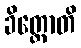
ခိတ္တောတိ